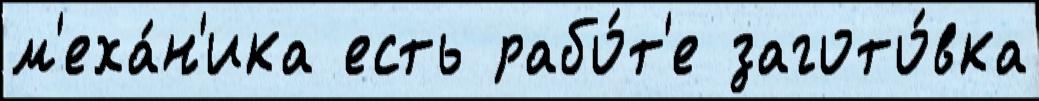
м'еха́н'ика есть рабо́т'е загото́вка